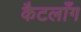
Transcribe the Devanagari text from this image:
कैटलाँग